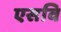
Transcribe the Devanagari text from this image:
एसवि